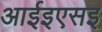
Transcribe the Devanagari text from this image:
आईइएसइ